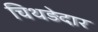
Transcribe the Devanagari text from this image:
चिथड़ेदार